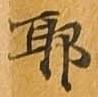
耶